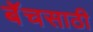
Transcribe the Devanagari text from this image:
बॅचसाठी